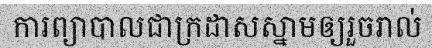
ការព្យាបាលជាក្រដាសស្នាមឲ្យរួចរាល់